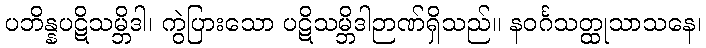
ပဘိန္နပဋိသမ္ဘိဒါ၊ ကွဲပြားသော ပဋိသမ္ဘိဒါဉာဏ်ရှိသည်။ နဝင်္ဂသတ္ထုသာသနေ၊